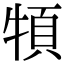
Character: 𩑩